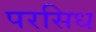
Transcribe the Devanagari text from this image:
परसिध